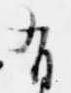
有